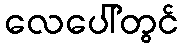
လေပေါ်တွင်